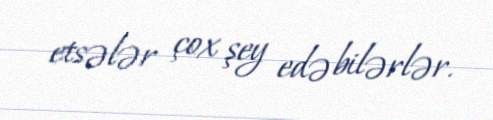
etsələr çox şey edə bilərlər.